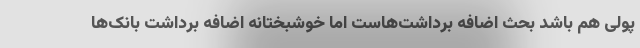
پولی هم باشد بحث اضافه برداشت‌هاست اما خوشبختانه اضافه برداشت بانک‌ها